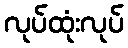
လုပ်ထုံးလုပ်